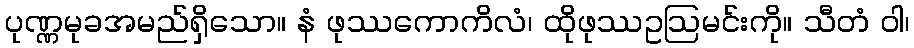
ပုဏ္ဏမုခအမည်ရှိသော။ နံ ဖုဿကောကိလံ၊ ထိုဖုဿဥဩမင်းကို။ သီတံ ဝါ၊